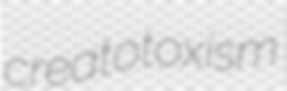
creatotoxism